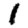
Digit: 1